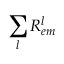
\sum _ { l } R _ { e m } ^ { l }